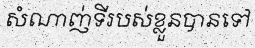
សំណាញ់ទីរបស់ខ្លួនបានទៅ